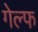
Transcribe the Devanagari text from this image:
गेल्फ